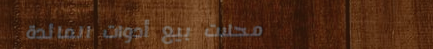
محلات بيع أدوات المائدة